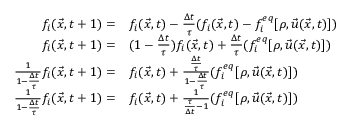
\begin{array} { r l } { f _ { i } ( \vec { x } , t + 1 ) = } & { f _ { i } ( \vec { x } , t ) - \frac { \Delta t } { \tau } ( f _ { i } ( \vec { x } , t ) - f _ { i } ^ { e q } [ \rho , \vec { u } ( \vec { x } , t ) ] ) } \\ { f _ { i } ( \vec { x } , t + 1 ) = } & { ( 1 - \frac { \Delta t } { \tau } ) f _ { i } ( \vec { x } , t ) + \frac { \Delta t } { \tau } ( f _ { i } ^ { e q } [ \rho , \vec { u } ( \vec { x } , t ) ] ) } \\ { \frac { 1 } { 1 - \frac { \Delta t } { \tau } } f _ { i } ( \vec { x } , t + 1 ) = } & { f _ { i } ( \vec { x } , t ) + \frac { \frac { \Delta t } { \tau } } { 1 - \frac { \Delta t } { \tau } } ( f _ { i } ^ { e q } [ \rho , \vec { u } ( \vec { x } , t ) ] ) } \\ { \frac { 1 } { 1 - \frac { \Delta t } { \tau } } f _ { i } ( \vec { x } , t + 1 ) = } & { f _ { i } ( \vec { x } , t ) + \frac { 1 } { \frac { \tau } { \Delta t } - 1 } ( f _ { i } ^ { e q } [ \rho , \vec { u } ( \vec { x } , t ) ] ) } \end{array}